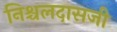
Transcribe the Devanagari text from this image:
निश्चलदासजी